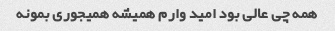
همه چی عالی بود امید وارم همیشه همیجوری بمونه